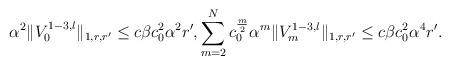
LaTeX: \begin{align*}&\alpha^2 \|V_0^{1-3,l}\|_{1,r,r'}\le c\beta c_0^2\alpha^2r',\sum_{m=2}^Nc_0^{\frac{m}{2}}\alpha^m\|V_m^{1-3,l}\|_{1,r,r'}\le c\beta c_0^2\alpha^4 r'.\end{align*}